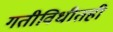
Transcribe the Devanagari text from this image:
गतीविधीतही